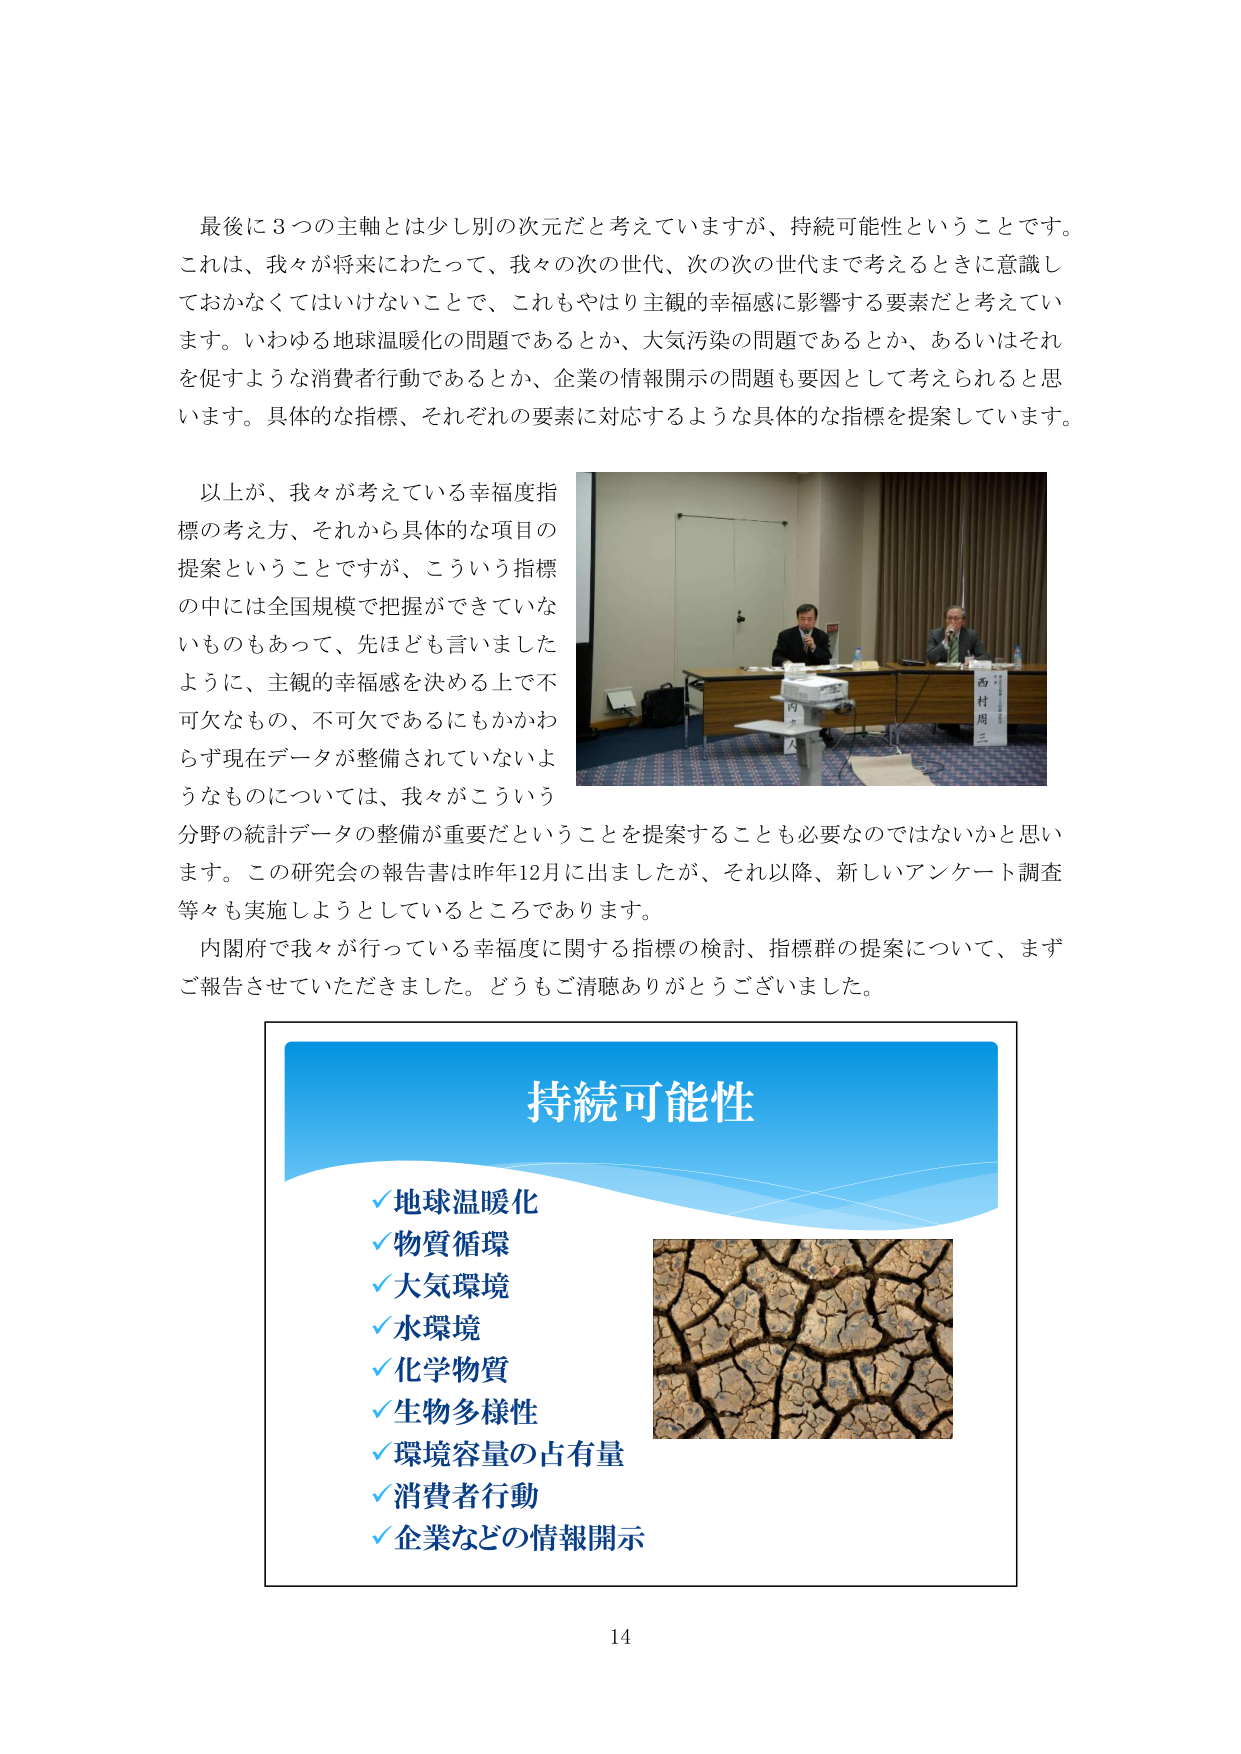
最後に３つの主軸とは少し別の次元だと考えていますが、持続可能性ということです。これは、我々が将来にわたって、我々の次の世代、次の次の世代まで考えるときに意識しておかなくてはいけないことで、これもやはり主観的幸福感に影響する要素だと考えています。いわゆる地球温暖化の問題であるとか、大気汚染の問題であるとか、あるいはそれを促すような消費者行動であるとか、企業の情報開示の問題も要因として考えられると思います。具体的な指標、それぞれの要素に対応するような具体的な指標を提案しています。

以上が、我々が考えている幸福度指標の考え方、それから具体的な項目の提案ということですが、こういう指標の中には全国規模で把握ができていないものもあって、先ほども言いましたように、主観的幸福感を決める上で不可欠なもの、不可欠であるにもかかわらず現在データが整備されていないようなものについては、我々がこういう分野の統計データの整備が重要だということを提案することも必要なのではないかと思います。この研究会の報告書は昨年12月に出ましたが、それ以降、新しいアンケート調査等々も実施しようとしているところあります。

内閣府で我々が行っている幸福度に関する指標の検討、指標群の提案について、まずご報告させていただきました。どうもご清聴ありがとうございました。

持続可能性
✓ 地球温暖化
✓ 物質循環
✓ 大気環境
✓ 水環境
✓ 化学物質
✓ 生物多様性
✓ 環境容量の占有量
✓ 消費者行動
✓ 企業などの情報開示

14